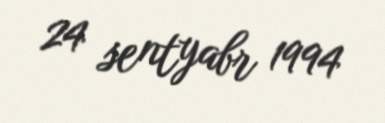
24 sentyabr 1994